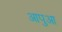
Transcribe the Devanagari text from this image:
आपुआ